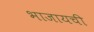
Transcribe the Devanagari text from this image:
भाजायची